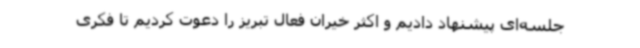
جلسه‌ای پیشنهاد دادیم و اکثر خیران فعال تبریز را دعوت کردیم تا فکری